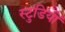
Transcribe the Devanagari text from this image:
स्टुडियों